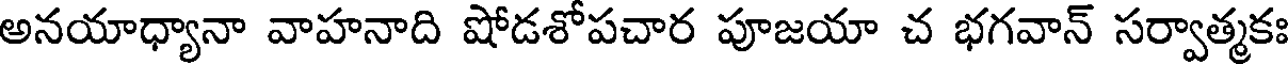
అనయాధ్యానా వాహనాది షోడశోపచార పూజయా చ భగవాన్ సర్వాత్మకః